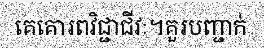
គេគោរពវិជ្ជាជីវៈ។គួរបញ្ជាក់